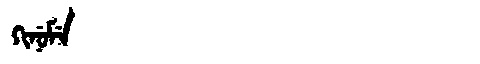
Manchu: ᡴᡳᠨᡠᠮᡝ
Romanization: KINUME